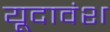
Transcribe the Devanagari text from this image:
यूदावंश